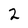
Character: 2